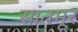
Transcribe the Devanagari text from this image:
सांतमूर